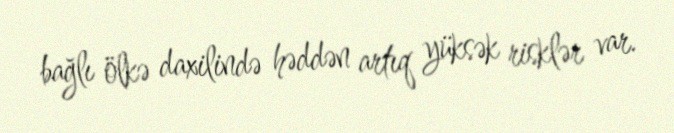
bağlı ölkə daxilində həddən artıq yüksək risklər var.